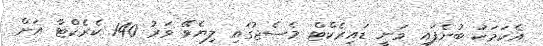
އެކަމަކު ބުނެފައި ވަނީ ޑައިރެކްޓް މެސެޖުގައި ލިޔެވޭ ވަރު 140 ކެރެކްޓާ އަށް